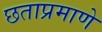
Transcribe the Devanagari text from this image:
छताप्रमाणे